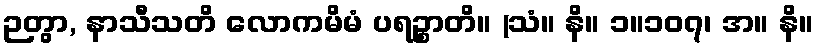
ဉတွာ, နာသီသတိ လောကမိမံ ပရဉ္စာတိ။ (သံ။ နိ။ ၁။၁၀၇၊ အ။ နိ။